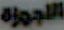
الأجهزة